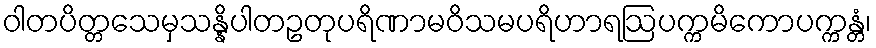
ဝါတပိတ္တသေမှသန္နိပါတဥတုပရိဏာမဝိသမပရိဟာရဩပက္ကမိကောပက္ကန္တံ၊